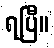
ရပြီ။